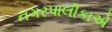
નગરપાલીકાએ